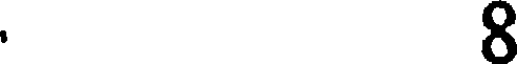
.